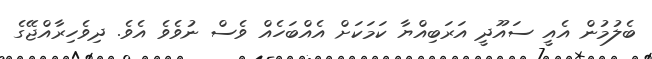
ބެލުމުން އެއީ ސައޫދީ އަރަބިއްޔާ ކަމަކަށް އެއްބަހެއް ވެސް ނުވެވެ އެވެ. ދިވެހިރާއްޖޭގެ